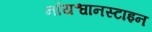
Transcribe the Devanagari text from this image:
नॉयश्वानस्टाइन